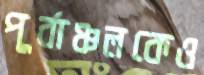
পূর্বাঞ্চলকেও